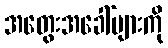
အတွေးအခေါ်များကို